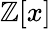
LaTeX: \mathbb{Z}[x]